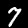
Label: 7